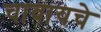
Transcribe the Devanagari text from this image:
चावायचे